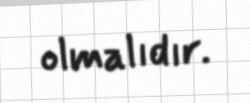
olmalıdır.